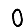
Digit: 0